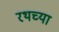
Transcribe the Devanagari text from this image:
रथच्या